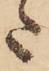
た